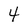
Character: 4